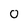
Character: 0